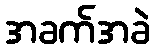
အခက်အခဲ